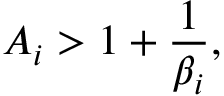
A _ { i } > 1 + \frac { 1 } { \beta _ { i } } ,